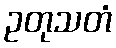
ဥတုသတံ